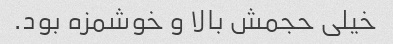
خیلی حجمش بالا و خوشمزه بود.